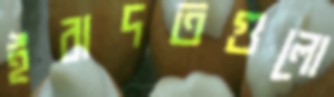
ইবাদতগুলো